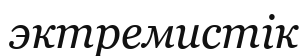
эктремистік